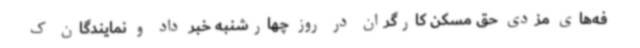
فه‌های مزدی حق مسکن کارگران در روز چهارشنبه خبر داد و نمایندگان ک